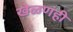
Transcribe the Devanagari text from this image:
खेळणंही